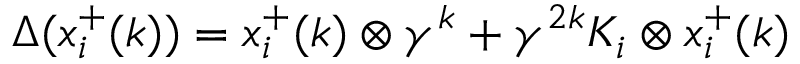
\Delta ( x _ { i } ^ { + } ( k ) ) = x _ { i } ^ { + } ( k ) \otimes \gamma ^ { k } + \gamma ^ { 2 k } K _ { i } \otimes x _ { i } ^ { + } ( k )